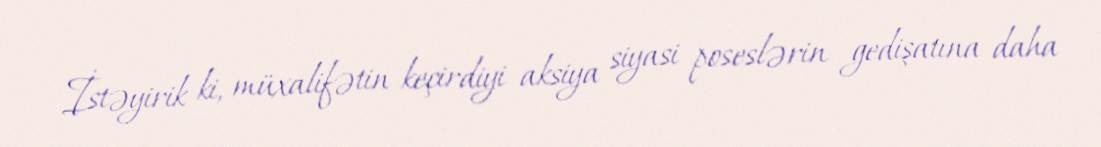
İstəyirik ki, müxalifətin keçirdiyi aksiya siyasi poseslərin gedişatına daha